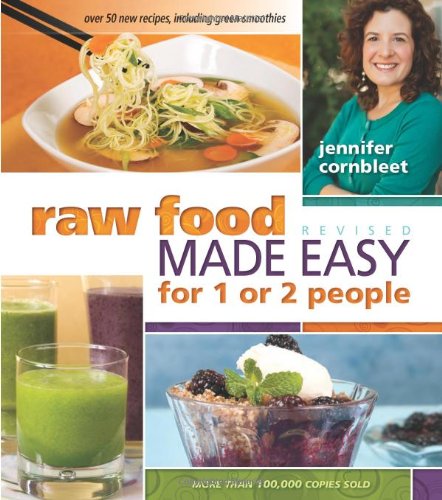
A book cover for Raw Food Made Easy for 1 or 2 People, Revised Edition; Jennifer Cornbleet; Cookbooks, Food & Wine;